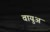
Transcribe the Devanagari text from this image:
वायुअ